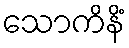
သောကိနိံ